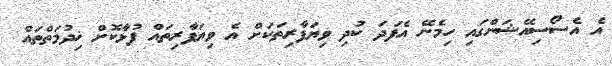
އެ އެސޯސިއޭޝަންގައި ހިމެނޭ އެފަދަ ކުދި ވިޔަފާރިތަކަށް އެ ވިޔަފާރިތައް ފުޅާކޮށް ޚިދުމަތްތައް